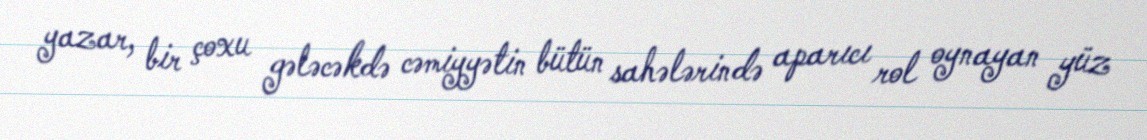
yazar, bir çoxu gələcəkdə cəmiyyətin bütün sahələrində aparıcı rol oynayan yüz